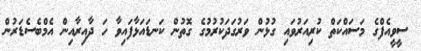
ސީވީއެފްގެ މަސައްކަތް ކުރިއަރުވައި ގުޅުން ވަރުގަދަކުރުމުގެ ގޮތުން ކަނޑައަޅާފައިވާ ހަ ދާއިރާއިން އެމްބެސެޑަރުން